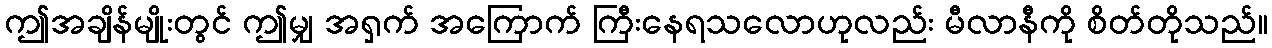
ဤအချိန်မျိုးတွင် ဤမျှ အရှက် အကြောက် ကြီးနေရသလောဟုလည်း မီလာနီကို စိတ်တိုသည်။